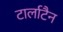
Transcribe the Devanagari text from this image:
टार्लाटैन